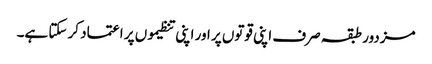
مزدور طبقہ صرف اپنی قوتوں پر اور اپنی تنظیموں پر اعتماد کر سکتا ہے۔